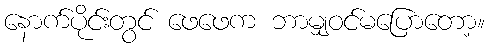
နောက်ပိုင်းတွင် ဖေဖေက ဘာမျှဝင်မပြောတော့။